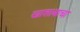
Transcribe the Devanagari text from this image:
खाशाबाचा